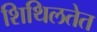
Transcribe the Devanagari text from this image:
शिथिलतेत